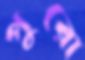
পুরো